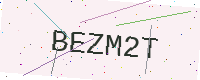
Text: BEZM2T